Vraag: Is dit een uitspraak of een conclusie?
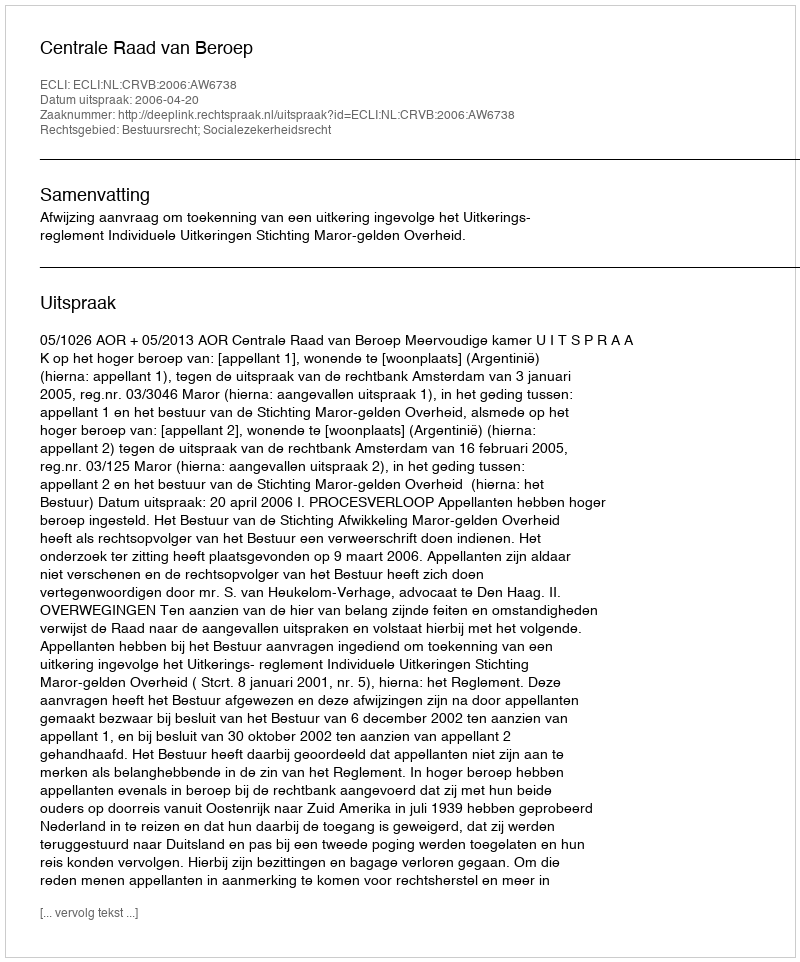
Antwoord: Uitspraak